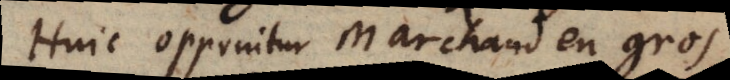
Huic opponitur Marchand en gros,